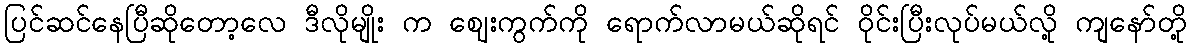
ပြင်ဆင်နေပြီဆိုတော့လေ ဒီလိုမျိုး က ဈေးကွက်ကို ရောက်လာမယ်ဆိုရင် ဝိုင်းပြီးလုပ်မယ်လို့ ကျနော်တို့